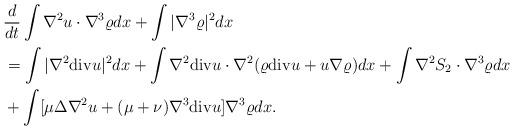
LaTeX: \begin{align*}\begin{aligned}&\frac{d}{dt}\int \nabla^2 u \cdot \nabla^3 \varrho dx+\int |\nabla^3 \varrho|^2 dx\\&=\int |\nabla^2 {\rm div} u|^2 dx+\int \nabla^2 {\rm div} u \cdot \nabla^2(\varrho {\rm div}u+u\nabla \varrho)dx+\int \nabla^2 S_2 \cdot \nabla^3 \varrho dx\\&+\int [\mu \Delta \nabla^2 u+(\mu+\nu)\nabla^3{\rm div}u]\nabla^3 \varrho dx.\end{aligned}\end{align*}